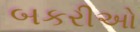
બકરીઅો